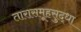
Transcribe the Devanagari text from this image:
तारासमूहसुद्धा